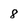
Character: 8